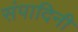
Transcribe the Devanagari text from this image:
संपादिनी